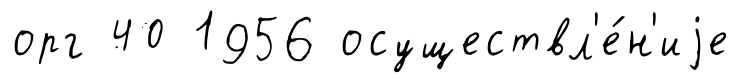
орг 40 1956 осуществл'е́н'иjе